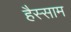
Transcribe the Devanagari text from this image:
हैस्साम